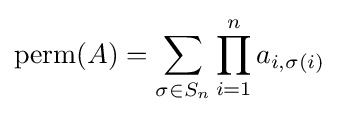
\operatorname {perm} (A)=\sum _{\sigma \in S_{n}}\prod _{i=1}^{n}a_{i,\sigma (i)}